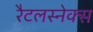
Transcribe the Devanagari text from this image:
रैटलस्नेक्स